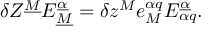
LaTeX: \delta Z ^ { \underline { { M } } } E _ { \underline { { M } } } ^ { \underline { { \alpha } } } = \delta z ^ { M } e _ { M } ^ { \alpha q } E _ { \alpha q } ^ { \underline { { \alpha } } } .